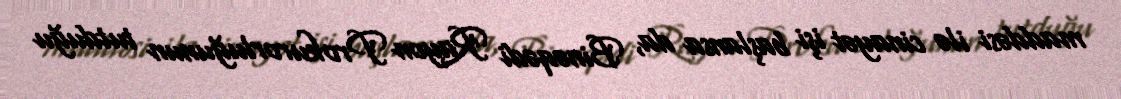
maddəsi ilə cinayət işi başlansa da, Binəqədi Rayon Prokurorluğunun tutduğu